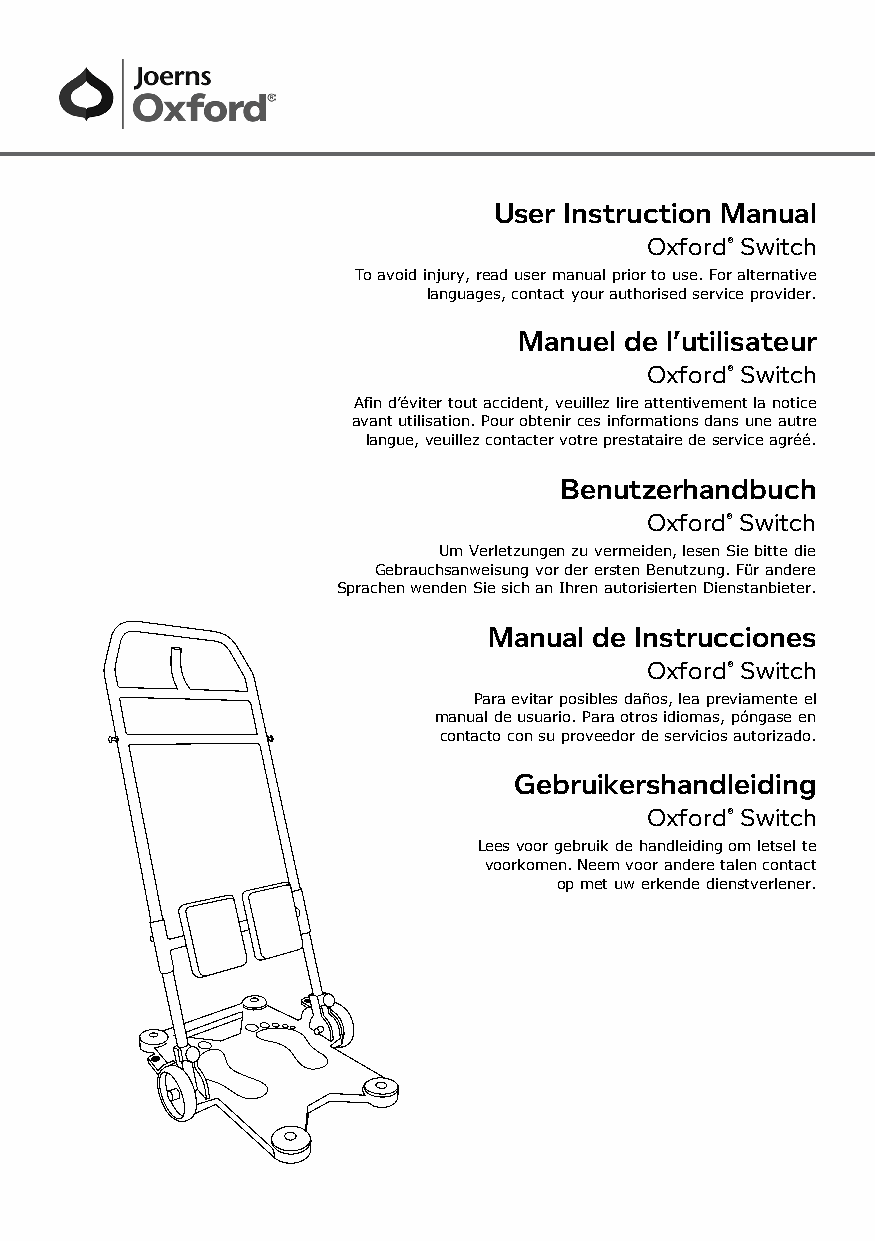
User Instruction Manual
 Oxford® Switch
 To avoid injury, read user manual prior to use. For alternative
 languages, contact your authorised service provider.
 Manuel de l’utilisateur
 Oxford® Switch
 Afin d’éviter tout accident, veuillez lire attentivement la notice
 avant utilisation. Pour obtenir ces informations dans une autre
 langue, veuillez contacter votre prestataire de service agréé.
 Benutzerhandbuch
 Oxford® Switch
 Um Verletzungen zu vermeiden, lesen Sie bitte die
 Gebrauchsanweisung vor der ersten Benutzung. Für andere
 Sprachen wenden Sie sich an Ihren autorisierten Dienstanbieter.
 Manual de Instrucciones
 Oxford® Switch
 Para evitar posibles daños, lea previamente el
 manual de usuario. Para otros idiomas, póngase en
 contacto con su proveedor de servicios autorizado.
 Gebruikershandleiding
 Oxford® Switch
 Lees voor gebruik de handleiding om letsel te
 voorkomen. Neem voor andere talen contact
 op met uw erkende dienstverlener.